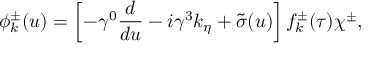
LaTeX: \phi _ { { k } } ^ { \pm } ( u ) = \left[ - \gamma ^ { 0 } { \frac { d } { d u } } - i { \gamma ^ { 3 } } k _ { \eta } + { \tilde { \sigma } } ( u ) \right] f _ { k } ^ { \pm } ( \tau ) \chi ^ { \pm } ,